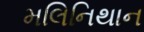
મલિનિથાન